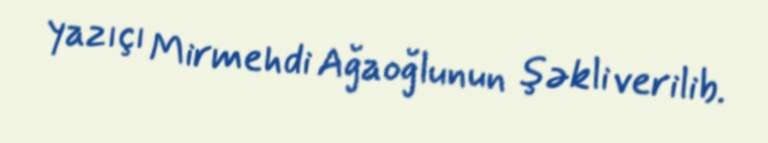
yazıçı Mirmehdi Ağaoğlunun şəkli verilib.